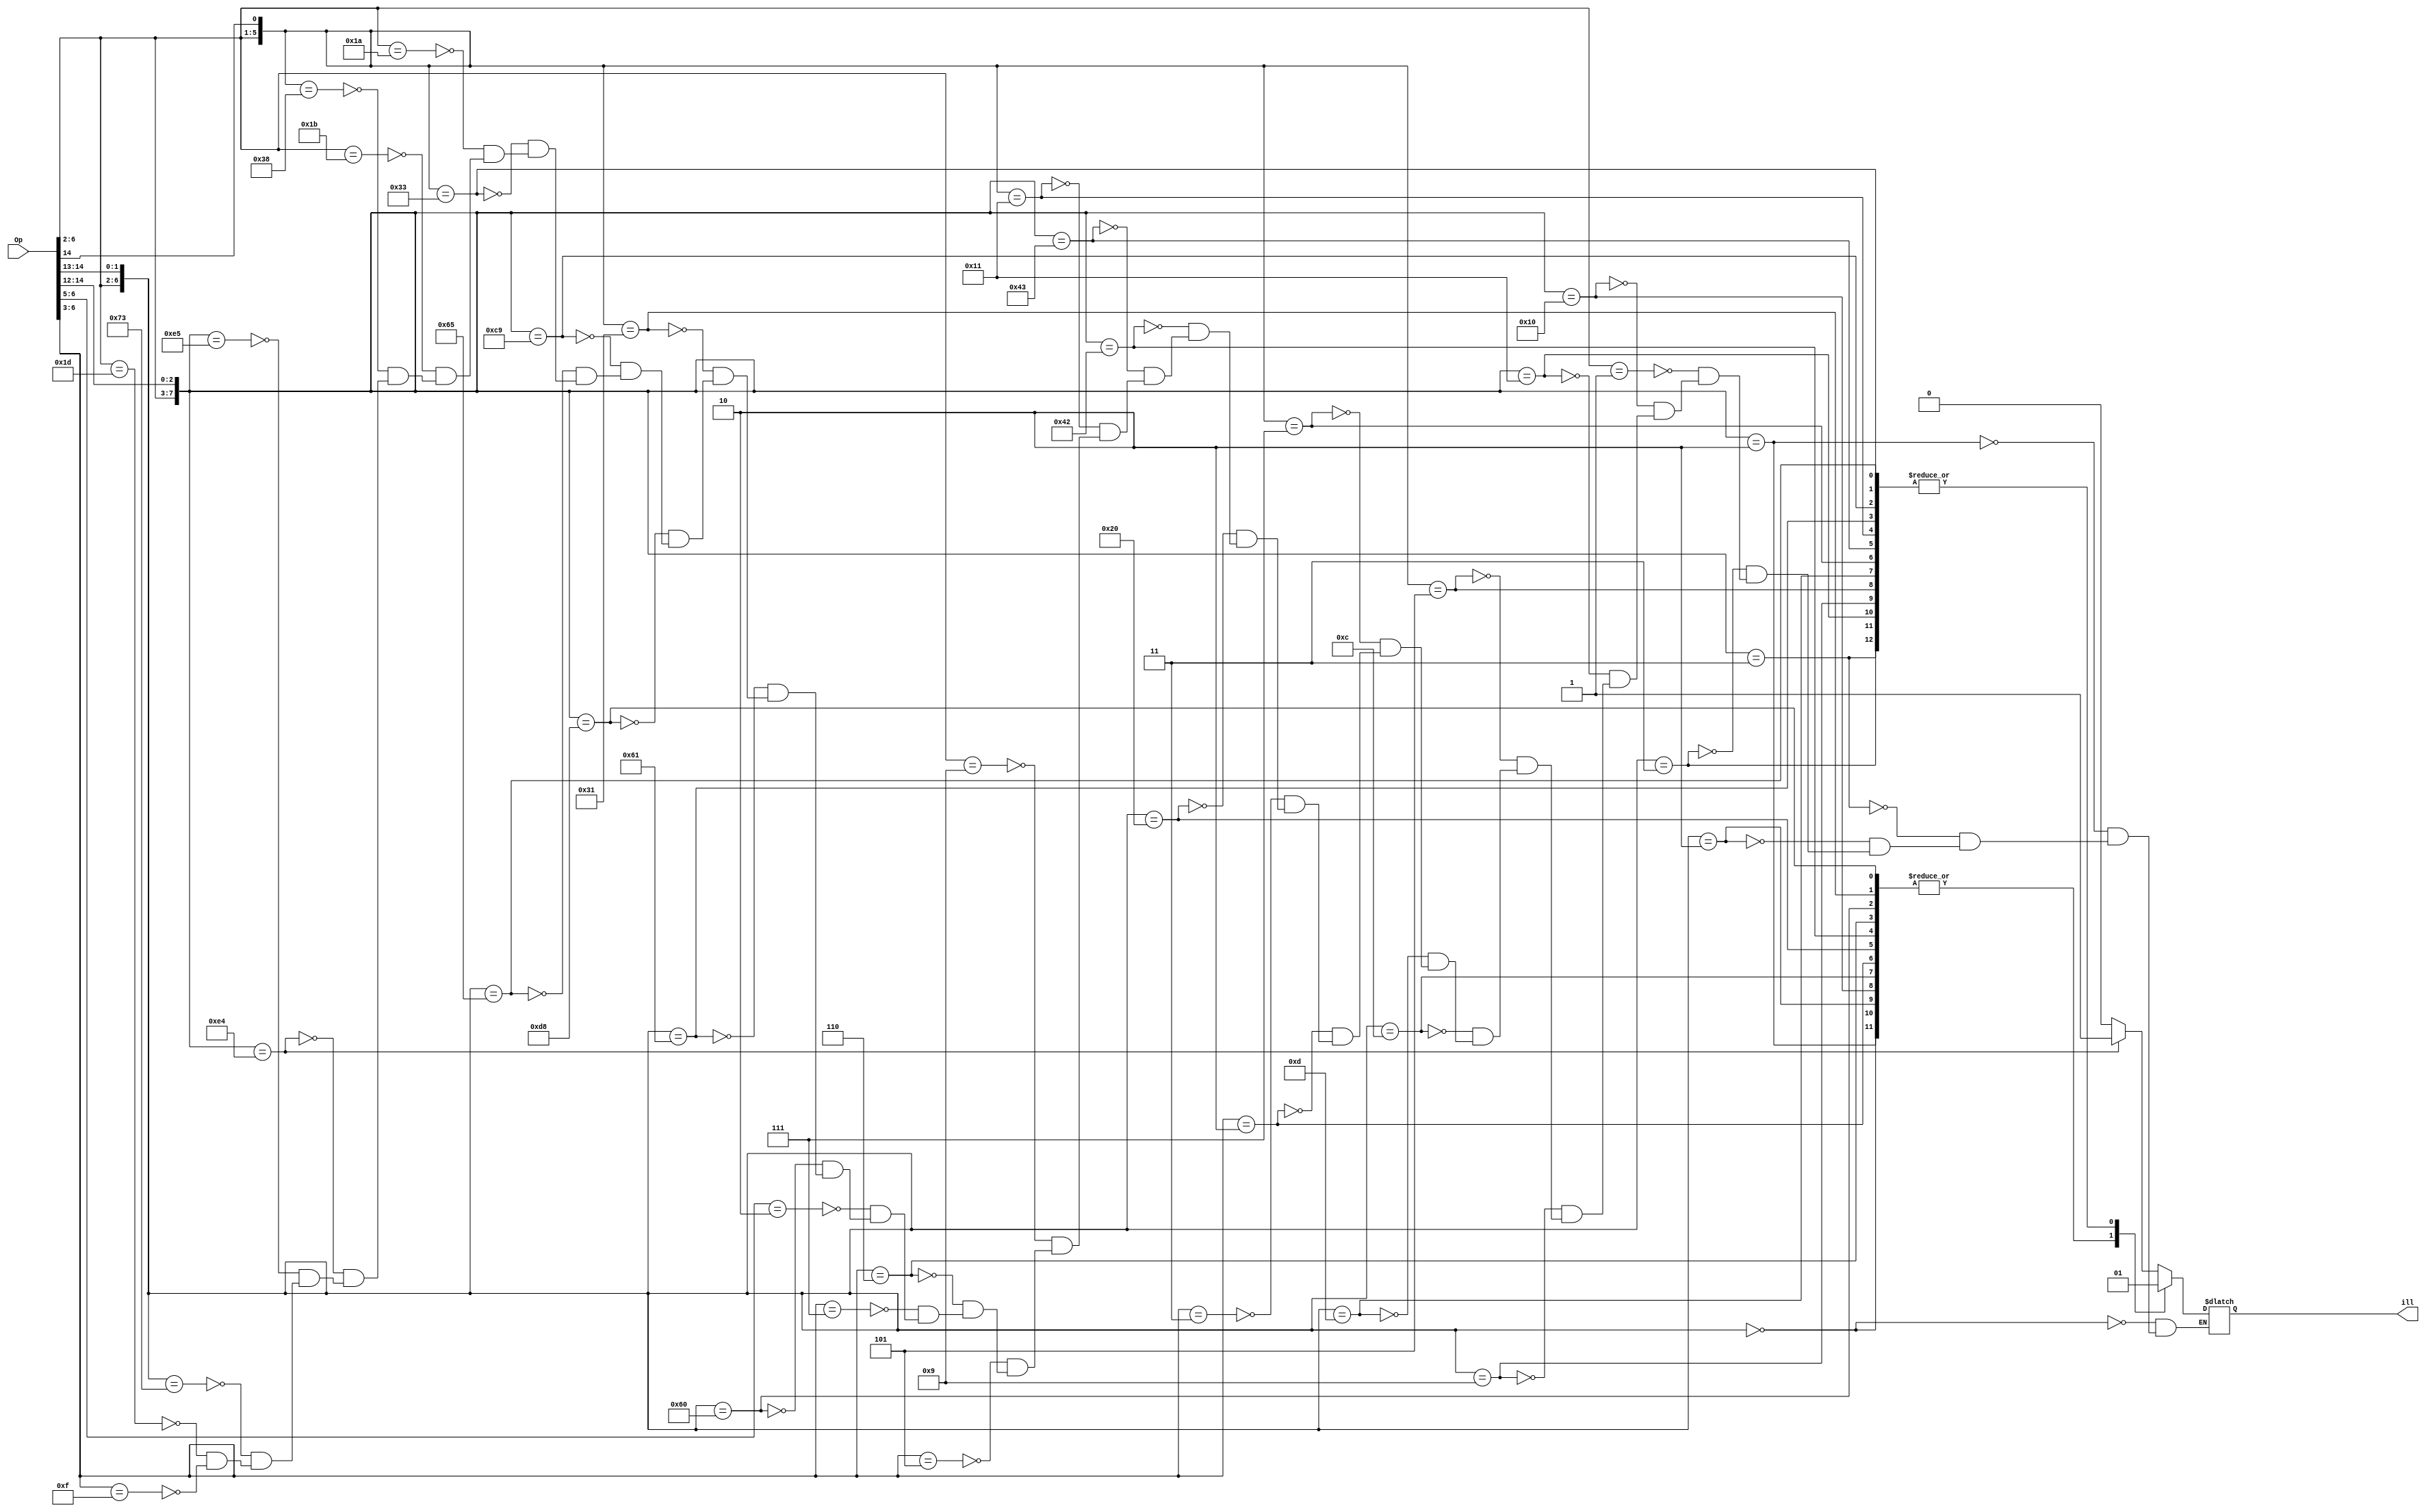
module multill
  (
   input [31:0] Op,
   output reg   ill
   );

   always @(/*AS*/Op)
     casez ( {Op[6:2],Op[14:12]} )
       //       111
       // 65432 432   ill  Comment
       8'b00000_00? : ill = 1'b0;
       8'b00000_010 : ill = 1'b0;
       8'b00000_011 : ill = 1'b1; // close to LB
       8'b00000_10? : ill = 1'b0;
       8'b00000_11? : ill = 1'b1; // close to LB       

       8'b00001_??? : ill = 1'b?; // 

       8'b00010_000 : ill = 1'b0;
       8'b00010_001 : ill = 1'b1;  // close to ij   
       8'b00010_01? : ill = 1'b1;  // close to ij   
       8'b00010_1?? : ill = 1'b1;  // close to ij

       8'b00011_00? : ill = 1'b0;
       8'b00011_01? : ill = 1'b1;  // close to FENCE
       8'b00011_1?? : ill = 1'b1;  // close to FENCE

       8'b0010?_??? : ill = 1'b0;
       8'b0011?_??? : ill = 1'b?;

       8'b01000_00? : ill = 1'b0;
       8'b01000_010 : ill = 1'b0;
       8'b01000_011 : ill = 1'b1;  // close to SW   
       8'b01000_1?? : ill = 1'b1;  // close to SW   

       8'b01001_??? : ill = 1'b?;
       8'b0101?_??? : ill = 1'b?;
       8'b0110?_??? : ill = 1'b0;
       8'b0111?_??? : ill = 1'b?;
       8'b10???_??? : ill = 1'b?;

       8'b11000_00? : ill = 1'b0;
       8'b11000_01? : ill = 1'b1;  // close to BEQ
       8'b11000_1?? : ill = 1'b0;

       8'b11011_000 : ill = 1'b0;
       8'b11001_001 : ill = 1'b1;  // close to JALR 
       8'b11001_01? : ill = 1'b1;  // close to JALR 
       8'b11001_1?? : ill = 1'b1;  // close to JALR

       8'b11010_??? : ill = 1'b?;
       8'b11011_??? : ill = 1'b0;

       8'b11100_0?? : ill = 1'b0;
       8'b11100_100 : ill = 1'b1;  // close to CSR
       8'b11100_101 : ill = 1'b0;
       8'b11100_11? : ill = 1'b0;
       
       8'b11101_??? : ill = 1'b?;
       8'b1111?_??? : ill = 1'b?;
     endcase
endmodule

// 22 */Y( 0,     0 , _MULHU_6           , 2, 0x00400000, 0x00000000, 0          ) // illegal at entry. Can get here from OpCode close to "ij"
// 39 */Y( 0,     0 , _MULHU_7           , 2, 0x00400000, 0x00000000, 0          ) // illegal as entry. Can get here from OpCode close to "JALR"
// 42 */Y( 0,  0x03 , _MULHU_2           , 2, 0x00400000, 0x00000000, 0          ) // illegal as entry. Can get here from OpCode close to "ij"
// 43 */Y( 0,  0x03 , _MULHU_4           , 2, 0x00400000, 0x00000000, 0          ) // illegal as entry. Can get here from OpCode close to FENCE
// 58 */Y( 0,  0x08 , _DIV_A             , 2, 0x00400000, 0x00000000, 0          ) // illegal as entry. Can get here from OpCode close to "BEQ"
// 59 */Y( 0,  0x08 , _DIV_B             , 2, 0x00400000, 0x00000000, 0          ) // illegal as entry. Can get here from OpCode close to "JALR"
// 60 */Y( 0,  0x0a , _DIV_14            , 2, 0x00400000, 0x00000000, 0          ) // illegal as entry. Can get here from OpCode close to "LW" | Move around to other pair to get 1 location for LAZY_DECODE 2/12
// 62 */Y( 0,  0x0b , _DIV_8             , 2, 0x00400000, 0x00000000, 0          ) // illegal as entry. Can get here from OpCode close to "ij"
// 63 */Y( 0,  0x0b , _DIV_9             , 2, 0x00400000, 0x00000000, 0          ) // illegal as entry. Can get here from OpCode close to FENCE
// 68 */Y( 0,  0x23 , _DIV_12            , 2, 0x00200000, 0x00000000, 0          ) // illegal as entry. Can get here from OpCode close to "SW" | Move around to other pair to get 1 location for LAZY_DECODE 3/12
// 6a */Y( 0,     0 , _MULH_1            , 2, 0xffffffff, 0x00000000, 0          ) // illegal as entry. Can get here from OpClde close to "LW" and also "SW"
// 78 */Y( 0,  0x0f , _DIV_4             , 2, 0x00400000, 0x00000000, 0          ) // illegal as entry. Can get here from OpCode close to "BEQ"
// 79 */Y( 0,  0x0f , _DIV_5             , 2, 0x00400000, 0x00000000, 0          ) // illegal as entry. Can get here from OpCode close to "JALR"
// 82 */Y( 0,  0x10 , _DIV_1             , 2, 0x00400000, 0x00000000, 0          ) // illegal as entry. Can get here from OpCode close to "ij"
// 83 */Y( 0,  0x10 , _DIV_2             , 2, 0x00400000, 0x00000000, 0          ) // illegal as entry. Can get here from OpCode close to FENCE
// 88 */Y( 0,  0x12 , _DIV_E             , 2, 0x00200000, 0x00000000, 0          ) // illegal as entry. Can get here from OpCode close to "SW"  || Move around to get 1 location for LAZY_DECODE 4/12
// 8a */Y( 0,  0x15 , _DIVU_5            , 2, 0x00400000, 0x00000000, 0          ) // illegal as entry. Can get here from OpCode close to "SW" 
// 99 */Y( 0,     0 , _ILL_0(_L99)       , 2, 0x00400000, 0x00000000, 0          ) // illegal Can get here from OpCode close to "JALR". Only location I have left to play with
// 9c */Y( 0,  0x14 , _DIV_10            , 2, 0x00001000, 0x00000000, 0          ) // illegal as entry. Can get here from OpCode close to "EBREAK/ECALL/CSR" || Move around to get 1 location for LAZY_DECODE 5/12
// a2 */Y( 0,     0 , _MULHU_3           , 2, 0xffffffff, 0x00000000, 0          ) // illegal as entry. Can get here from OpCode close to "ij"
// a3 */Y( 0,     0 , _MULHU_1           , 2, 0xffffffff, 0x00000000, 0          ) // illegal as entry. Can get here from OpCode close to FENCE
// a8 */Y( 0   ,  0 , _DIV_3             , 2, 0x00200000, 0x00000000, 0          ) // Illegal as entry. Can get here from OpCode close to "SW". DIV_3 must be even ucode adr
// aa */Y( 0,     0 , _DIV_6             , 2, 0xffffffff, 0x00000000, 0          ) // Illegal as entry. Can get here from OpCode close to "SW"
// b9 */Y( 0,     0 , _DIV_e             , 2, 0x00400000, 0x00000000, 0          ) // illegal as entry. Can get here from OpCode close to "JALR".
// c0 */Y( 0,     0 , _DIV_D             , 2, 0x00400000, 0x00000000, 0          ) // illegal as entry. Can get here from OpCode close to "LW"
// c2 */Y( 0,  0x18 , _DIVU_3            , 2, 0x00400000, 0x00000000, 0          ) // Illegal as entry. Can get here from OpCode close to "ij"
// c3 */Y( 0,  0x18,  _DIVU_4            , 2, 0x00400000, 0x00000000, 0          ) // illegal as entry. Can get here from OpCode close to FENCE. 
// c8 */Y( 0,     0 , _DIV_7             , 2, 0x00200000, 0x00000000, 0          ) // Illegal as entry. Can get here from OpCode close to "SW". DIV_7 must be even ucode adr
// ca */Y( 0,     0 , _DIVU_2            , 2, 0x00200000, 0x00000000, 0          ) // illegal
// d9 */Y( 0,     0 , _MULH_3            , 2, 0x00400000, 0x00000000, 0          ) // illegal as entry. Can get here from OpCode close to "JALR".
// e0 */Y( 0,     0 , _DIVU_1            , 2, 0x00400000, 0x00000000, 0          ) // illegal as entry. Can get here from OpCode close to "LW"
// e2 */Y( 0,  0x1d , _MUL_1             , 2, 0x00400000, 0x00000000, 0          ) // illegal as entry. Can get here from OpCode close to "ij"
// e3 */Y( 0,  0x1d , _MUL_3             , 2, 0x00400000, 0x00000000, 0          ) // illegal as entry. Can get here from OpCode close to FENCE
// e8 */Y( 0,     0 , _MUL_2             , 2, 0x00200000, 0x00000000, 0          ) // illegal as entry. Can get here from OpCode close to "SW".
// ea */Y( 0,     0 , _MULHU_5           , 2, 0x00200000, 0x00000000, 0          ) //(illegal) May be moved 1/12 needed for LAZY_DECODE
// f9 */Y( 0,     0 , _MULH_2            , 2, 0x00400000, 0x00000000, 0          ) // illegal as entry. Can get here from OpCode close to "JALR".

/* Very strange. Gives a fantazillion luts
  */
//module multill
//  (
//   input [7:0] Op,
//   output reg  ill
//   );
//
//
//   //         reachability
//   //ORIGTAB  | this data.
//   always @(/*AS*/Op)
//     casez ( Op[7:0] ) 
//       8'h01 : ill = 1'b?;
//       8'h06 : ill = 1'b?;
//       8'h07 : ill = 1'b?;
//       8'h09 : ill = 1'b?;
//       8'h0b : ill = 1'b?;
//       8'h10 : ill = 1'b?;
//       8'h11 : ill = 1'b?;
//       8'h12 : ill = 1'b?;
//       8'h13 : ill = 1'b?;
//       8'h14 : ill = 1'b?;
//       8'h15 : ill = 1'b?;
//       8'h16 : ill = 1'b?;
//       8'h17 : ill = 1'b?;
//       8'h1a : ill = 1'b?;
//       8'h1d : ill = 1'b?;
//       8'h1e : ill = 1'b?;
//       8'h1f : ill = 1'b?;
//       8'h21 : ill = 1'b?;
//       8'h22 : ill = 1'b1;
//       8'h26 : ill = 1'b?;
//       8'h27 : ill = 1'b?;
//       8'h29 : ill = 1'b?;
//       8'h2b : ill = 1'b?;
//       8'h2e : ill = 1'b?;
//       8'h30 : ill = 1'b?;
//       8'h31 : ill = 1'b?;
//       8'h32 : ill = 1'b?;
//       8'h33 : ill = 1'b?;
//       8'h34 : ill = 1'b?;
//       8'h35 : ill = 1'b?;
//       8'h36 : ill = 1'b?;
//       8'h37 : ill = 1'b?;
//       8'h39 : ill = 1'b1;
//       8'h3a : ill = 1'b?;
//       8'h3d : ill = 1'b?;
//       8'h3e : ill = 1'b?;
//       8'h3f : ill = 1'b?;
//       8'h41 : ill = 1'b?;
//       8'h42 : ill = 1'b1;
//       8'h43 : ill = 1'b1;
//       8'h45 : ill = 1'b?;
//       8'h46 : ill = 1'b?;
//       8'h47 : ill = 1'b?;
//       8'h49 : ill = 1'b?;
//       8'h4b : ill = 1'b?;
//       8'h4e : ill = 1'b?;
//       8'h4f : ill = 1'b?;
//       8'h50 : ill = 1'b?;
//       8'h51 : ill = 1'b?;
//       8'h52 : ill = 1'b?;
//       8'h53 : ill = 1'b?;
//       8'h54 : ill = 1'b?;
//       8'h55 : ill = 1'b?;
//       8'h56 : ill = 1'b?;
//       8'h57 : ill = 1'b?;
//       8'h58 : ill = 1'b1;
//       8'h59 : ill = 1'b1;
//       8'h5a : ill = 1'b?;
//       8'h5d : ill = 1'b?;
//       8'h5e : ill = 1'b?;
//       8'h5f : ill = 1'b?;
//       8'h60 : ill = 1'b1;
//       8'h61 : ill = 1'b?;
//       8'h62 : ill = 1'b1;
//       8'h63 : ill = 1'b1;
//       8'h65 : ill = 1'b?;
//       8'h66 : ill = 1'b?;
//       8'h67 : ill = 1'b?;
//       8'h68 : ill = 1'b1;
//       8'h69 : ill = 1'b?;
//       8'h6a : ill = 1'b1;
//       8'h6b : ill = 1'b?;
//       8'h6e : ill = 1'b?;
//       8'h6f : ill = 1'b?;
//       8'h70 : ill = 1'b?;
//       8'h71 : ill = 1'b?;
//       8'h72 : ill = 1'b?;
//       8'h73 : ill = 1'b?;
//       8'h74 : ill = 1'b?;
//       8'h75 : ill = 1'b?;
//       8'h76 : ill = 1'b?;
//       8'h77 : ill = 1'b?;
//       8'h78 : ill = 1'b1;
//       8'h79 : ill = 1'b1;
//       8'h7a : ill = 1'b?;
//       8'h7d : ill = 1'b?;
//       8'h7e : ill = 1'b?;
//       8'h7f : ill = 1'b?;
//       8'h81 : ill = 1'b?;
//       8'h82 : ill = 1'b1;
//       8'h83 : ill = 1'b1;
//       8'h85 : ill = 1'b?;
//       8'h86 : ill = 1'b?;
//       8'h87 : ill = 1'b?;
//       8'h88 : ill = 1'b1;
//       8'h89 : ill = 1'b?;
//       8'h8a : ill = 1'b1;
//       8'h8b : ill = 1'b?;
//       8'h8e : ill = 1'b?;
//       8'h8f : ill = 1'b?;
//       8'h90 : ill = 1'b?;
//       8'h91 : ill = 1'b?;
//       8'h92 : ill = 1'b?;
//       8'h93 : ill = 1'b?;
//       8'h94 : ill = 1'b?;
//       8'h95 : ill = 1'b?;
//       8'h96 : ill = 1'b?;
//       8'h97 : ill = 1'b?;
//       8'h99 : ill = 1'b1;
//       8'h9a : ill = 1'b?;
//       8'h9b : ill = 1'b?;
//       8'h9c : ill = 1'b1;
//       8'h9d : ill = 1'b?;
//       8'h9e : ill = 1'b?;
//       8'h9f : ill = 1'b?;
//       8'ha1 : ill = 1'b?;
//       8'ha2 : ill = 1'b1;
//       8'ha3 : ill = 1'b1;
//       8'ha5 : ill = 1'b?;
//       8'ha6 : ill = 1'b?;
//       8'ha7 : ill = 1'b?;
//       8'ha8 : ill = 1'b1;
//       8'ha9 : ill = 1'b?;
//       8'haa : ill = 1'b1;
//       8'hab : ill = 1'b?;
//       8'haf : ill = 1'b?;
//       8'hb0 : ill = 1'b?;
//       8'hb1 : ill = 1'b?;
//       8'hb2 : ill = 1'b?;
//       8'hb3 : ill = 1'b?;
//       8'hb4 : ill = 1'b?;
//       8'hb5 : ill = 1'b?;
//       8'hb6 : ill = 1'b?;
//       8'hb7 : ill = 1'b?;
//       8'hb9 : ill = 1'b1;
//       8'hba : ill = 1'b?;
//       8'hbb : ill = 1'b?;
//       8'hbd : ill = 1'b?;
//       8'hbe : ill = 1'b?;
//       8'hbf : ill = 1'b?;
//       8'hc0 : ill = 1'b1;
//       8'hc1 : ill = 1'b?;
//       8'hc2 : ill = 1'b1;
//       8'hc3 : ill = 1'b1;
//       8'hc5 : ill = 1'b?;
//       8'hc6 : ill = 1'b?;
//       8'hc7 : ill = 1'b?;
//       8'hc8 : ill = 1'b1;
//       8'hc9 : ill = 1'b?;
//       8'hca : ill = 1'b1;
//       8'hcb : ill = 1'b?;
//       8'hce : ill = 1'b?;
//       8'hcf : ill = 1'b?;
//       8'hd0 : ill = 1'b?;
//       8'hd1 : ill = 1'b?;
//       8'hd2 : ill = 1'b?;
//       8'hd3 : ill = 1'b?;
//       8'hd4 : ill = 1'b?;
//       8'hd5 : ill = 1'b?;
//       8'hd6 : ill = 1'b?;
//       8'hd7 : ill = 1'b?;
//       8'hd9 : ill = 1'b1;
//       8'hda : ill = 1'b?;
//       8'hdb : ill = 1'b?;
//       8'hdd : ill = 1'b?;
//       8'hde : ill = 1'b?;
//       8'hdf : ill = 1'b?;
//       8'he0 : ill = 1'b1;
//       8'he1 : ill = 1'b?;
//       8'he2 : ill = 1'b1;
//       8'he3 : ill = 1'b1;
//       8'he5 : ill = 1'b?;
//       8'he6 : ill = 1'b?;
//       8'he7 : ill = 1'b?;
//       8'he8 : ill = 1'b1;
//       8'he9 : ill = 1'b?;
//       8'hea : ill = 1'b1;
//       8'heb : ill = 1'b?;
//       8'hee : ill = 1'b?;
//       8'hef : ill = 1'b?;
//       8'hf0 : ill = 1'b?;
//       8'hf1 : ill = 1'b?;
//       8'hf2 : ill = 1'b?;
//       8'hf3 : ill = 1'b?;
//       8'hf4 : ill = 1'b?;
//       8'hf5 : ill = 1'b?;
//       8'hf6 : ill = 1'b?;
//       8'hf7 : ill = 1'b?;
//       8'hf9 : ill = 1'b1;
//       8'hfa : ill = 1'b?;
//       8'hfb : ill = 1'b1;
//       8'hfe : ill = 1'b1;
//     endcase
//endmodule
//